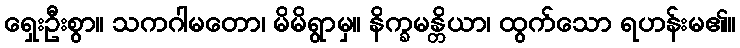
ရှေးဦးစွာ။ သကဂါမတော၊ မိမိရွာမှ။ နိက္ခမန္တိယာ၊ ထွက်သော ရဟန်းမ၏။